Indian journal of veterinary science and animal husbandry - Volume 5,
Year: 1935
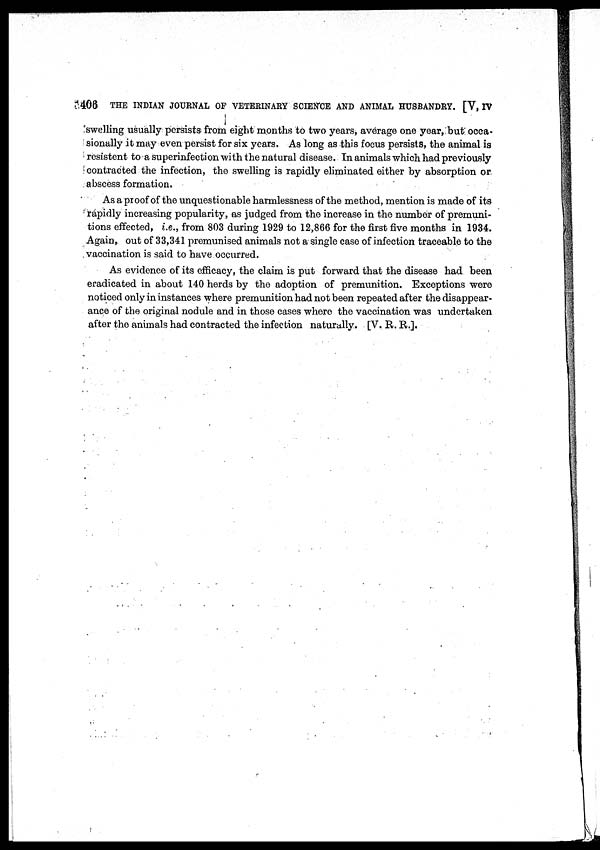
406
THE INDIAN JOURNAL OF VETERINARY SCIENCE AND ANIMAL HUSBANDRY. [V, IV
swelling usually persists from eight months to two years, average one year, but occa-
sionally it may even persist for six years. As long as this focus persists, the animal is
resistent to a superinfection with the natural disease. In animals which had previously
contracted the infection, the swelling is rapidly eliminated either by absorption or
abscess formation.
As a proof of the unquestionable harmlessness of the method, mention is made of its
rapidly increasing popularity, as judged from the increase in the number of premuni¬
tions effected, i.e., from 803 during 1929 to 12,866 for the first five months in 1934.
Again, out of 33,341 premunised animals not a single case of infection traceable to the
vaccination is said to have occurred.
As evidence of its efficacy, the claim is put forward that the disease had been
eradicated in about 140 herds by the adoption of premunition. Exceptions were
noticed only in instances where premunition had not been repeated after the disappear-
ance of the original nodule and in those cases where the vaccination was undertaken
after the animals had contracted the infection naturally. [V. R. R.].